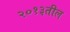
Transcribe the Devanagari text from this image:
२०१३तील